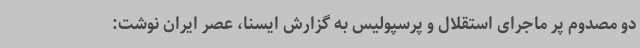
دو مصدوم پر ماجرای استقلال و پرسپولیس به گزارش ایسنا، عصر ایران نوشت: